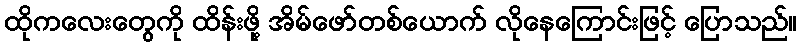
ထိုကလေးတွေကို ထိန်းဖို့ အိမ်ဖော်တစ်ယောက် လိုနေကြောင်းဖြင့် ပြောသည်။